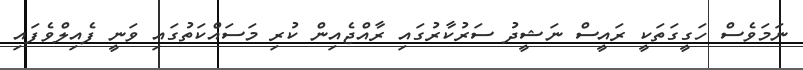
ނަމަވެސް ހަގީގަތަކީ ރައީސް ނަޝީދު ސަރުކާރުގައި ރާއްޖެއިން ކުރި މަސައްކަތުގައި ވަނީ ފެއިލްވެފައި